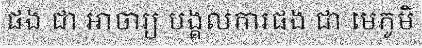
ផង ជា អាចារ្យ បង្គលការផង ជា មេភូមិ